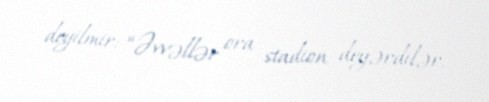
deyilmir: “Əvvəllər ora stadion deyərdilər.